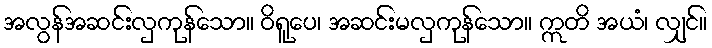
အလွန်အဆင်းလှကုန်သော။ ဝိရူပေ၊ အဆင်းမလှကုန်သော။ ဣတိ အယံ၊ လျှင်။